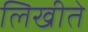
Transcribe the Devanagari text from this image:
लिखीते